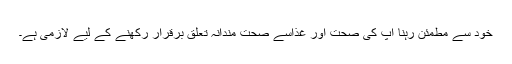
خود سے مطمئن رہنا آپ کی صحت اور غذاسے صحت مندانہ تعلق برقرار رکھنے کے لیے لازمی ہے۔